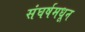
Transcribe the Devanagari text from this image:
संघर्षमधून